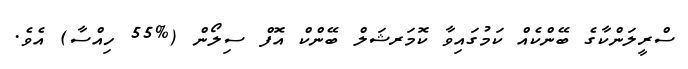
ސްރީލަންކާގެ ބޭންކެއް ކަމުގައިވާ ކޮމަރޝަލް ބޭންކް އޮފް ސިލޯން (%55 ހިއްސާ) އެވެ.